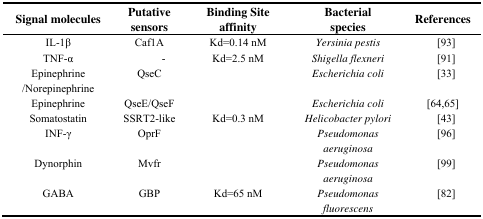
<table><thead><tr><td><b>Signal molecules</b></td><td><b>Putative sensors</b></td><td><b>Binding Site affinity</b></td><td><b>Bacterial species</b></td><td><b>References</b></td></tr></thead><tbody><tr><td>IL-1β</td><td>Caf1A</td><td>Kd=0.14 nM</td><td><i>Yersinia pestis</i></td><td>[93]</td></tr><tr><td>TNF-α</td><td>-</td><td>Kd=2.5 nM</td><td><i>Shigella flexneri</i></td><td>[91]</td></tr><tr><td>Epinephrine/Norepinephrine</td><td>QseC</td><td></td><td><i>Escherichia coli</i></td><td>[33]</td></tr><tr><td>Epinephrine</td><td>QseE/QseF</td><td></td><td><i>Escherichia coli</i></td><td>[64,65]</td></tr><tr><td>Somatostatin</td><td>SSRT2-like</td><td>Kd=0.3 nM</td><td><i>Helicobacter pylori</i></td><td>[43]</td></tr><tr><td>INF-γ</td><td>OprF</td><td></td><td><i>Pseudomonas aeruginosa</i></td><td>[96]</td></tr><tr><td>Dynorphin</td><td>Mvfr</td><td></td><td><i>Pseudomonas aeruginosa</i></td><td>[99]</td></tr><tr><td>GABA</td><td>GBP</td><td>Kd=65 nM</td><td><i>Pseudomonas fluorescens</i></td><td>[82]</td></tr></tbody></table>